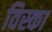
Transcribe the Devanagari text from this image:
विस्का